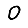
Digit: 0